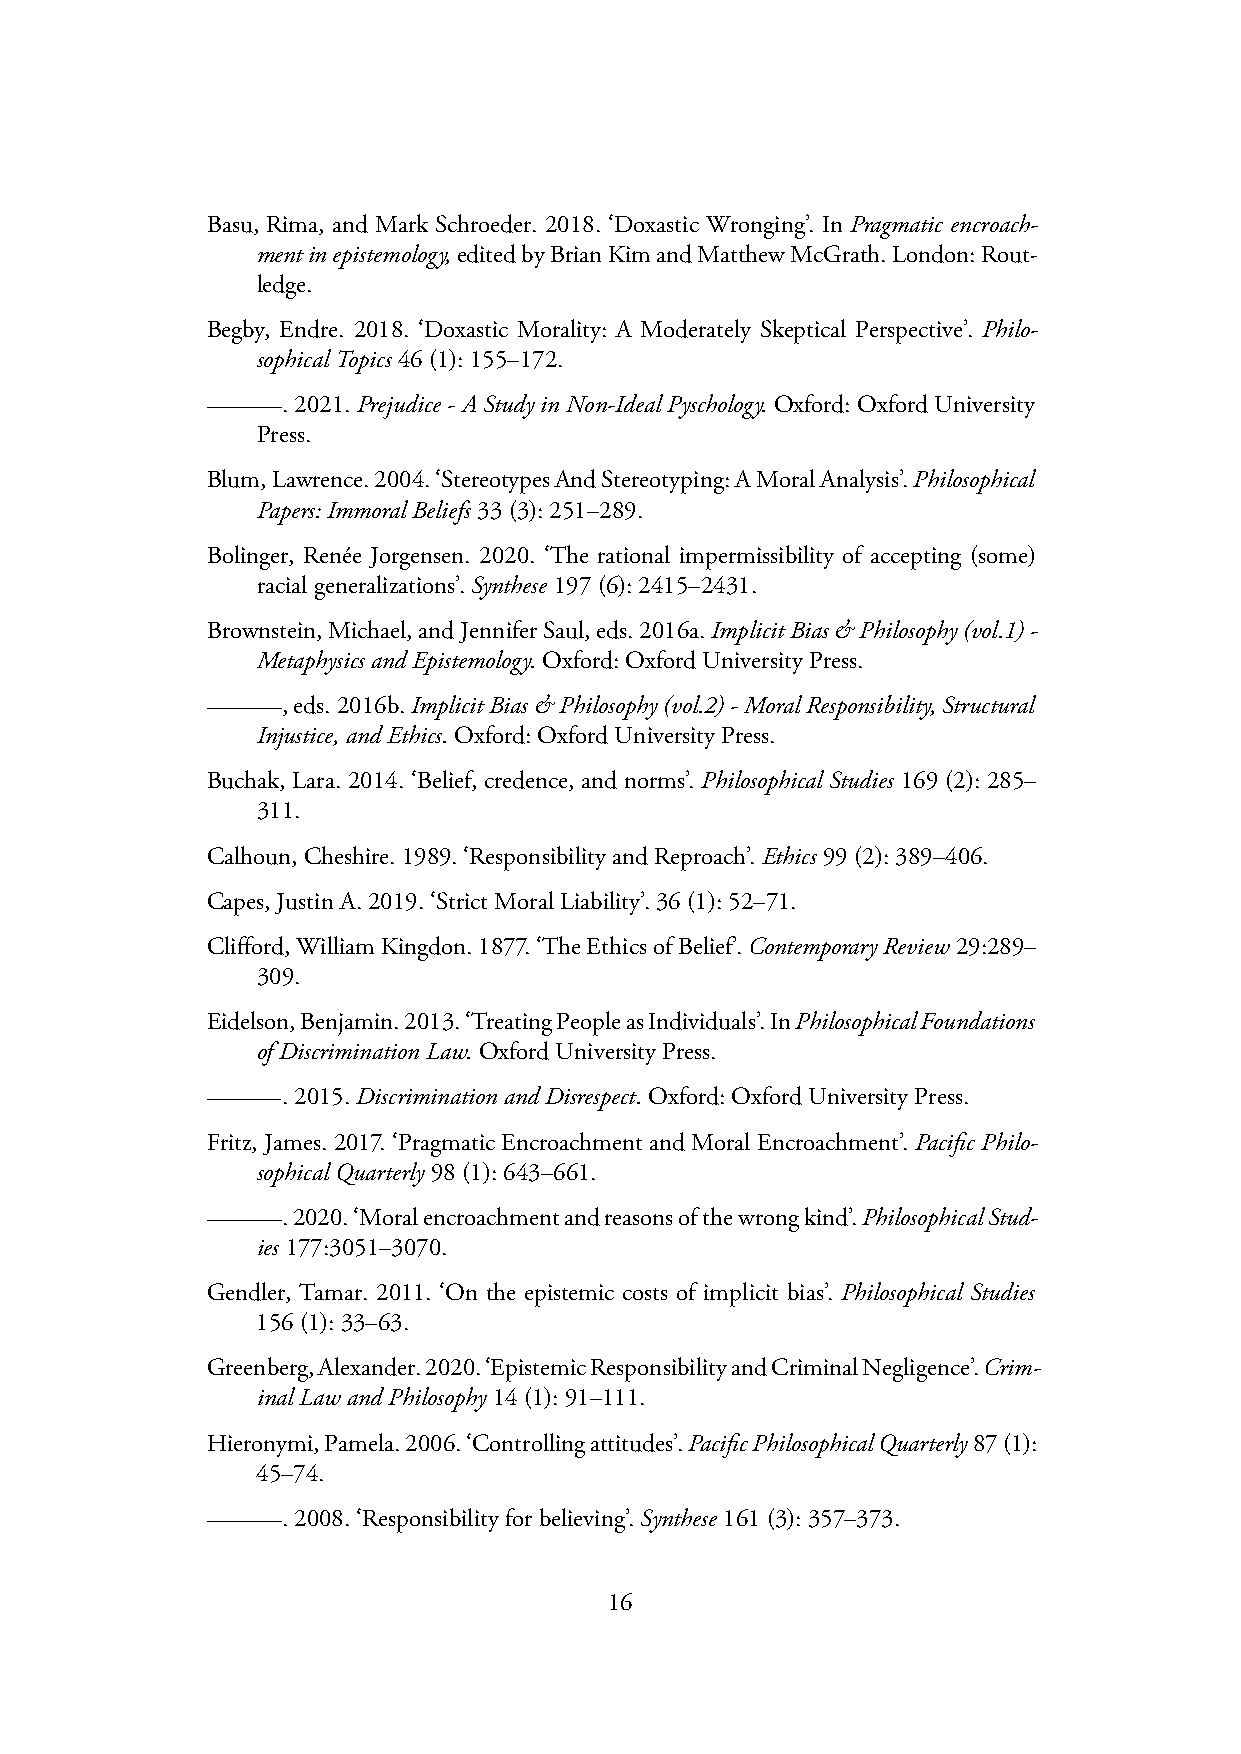
Basu, Rima, and Mark Schroeder. 2018. ‘Doxastic Wronging’. In Pragmatic encroach-
 mentinepistemology,editedbyBrianKimandMatthewMcGrath.London:Rout-
 ledge.
 Begby, Endre. 2018. ‘Doxastic Morality: A Moderately Skeptical Perspective’. Philo-
 sophicalTopics 46(1):155–172.
 . 2021. Prejudice - A Study in Non-Ideal Pyschology. Oxford: Oxford University
 Press.
 Blum,Lawrence.2004.‘StereotypesAndStereotyping:AMoralAnalysis’.Philosophical
 Papers:ImmoralBeliefs 33(3):251–289.
 Bolinger, Renée Jorgensen. 2020. ‘The rational impermissibility of accepting (some)
 racialgeneralizations’.Synthese 197(6):2415–2431.
 Brownstein,Michael,andJenniferSaul,eds.2016a.ImplicitBias&Philosophy(vol.1)-
 MetaphysicsandEpistemology.Oxford:OxfordUniversityPress.
 ,eds.2016b.ImplicitBias&Philosophy(vol.2)-MoralResponsibility,Structural
 Injustice,andEthics.Oxford:OxfordUniversityPress.
 Buchak, Lara. 2014. ‘Belief, credence, and norms’. Philosophical Studies 169 (2): 285–
 311.
 Calhoun,Cheshire.1989.‘ResponsibilityandReproach’.Ethics 99(2):389–406.
 Capes,JustinA.2019.‘StrictMoralLiability’.36(1):52–71.
 Clifford,WilliamKingdon.1877.‘TheEthicsofBelief’.ContemporaryReview29:289–
 309.
 Eidelson,Benjamin.2013.‘TreatingPeopleasIndividuals’.InPhilosophicalFoundations
 ofDiscriminationLaw.OxfordUniversityPress.
 .2015.DiscriminationandDisrespect.Oxford:OxfordUniversityPress.
 Fritz, James. 2017. ‘Pragmatic Encroachment and Moral Encroachment’. Pacific Philo-
 sophicalQuarterly 98(1):643–661.
 .2020.‘Moralencroachmentandreasonsofthewrongkind’.PhilosophicalStud-
 ies 177:3051–3070.
 Gendler, Tamar. 2011. ‘On the epistemic costs of implicit bias’. Philosophical Studies
 156(1):33–63.
 Greenberg,Alexander.2020.‘EpistemicResponsibilityandCriminalNegligence’.Crim-
 inalLawandPhilosophy 14(1):91–111.
 Hieronymi,Pamela.2006.‘Controllingattitudes’.PacificPhilosophicalQuarterly87(1):
 45–74.
 .2008.‘Responsibilityforbelieving’.Synthese 161(3):357–373.
 16